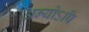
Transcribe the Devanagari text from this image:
अन्योऽपि